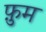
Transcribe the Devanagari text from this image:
फ़ुम